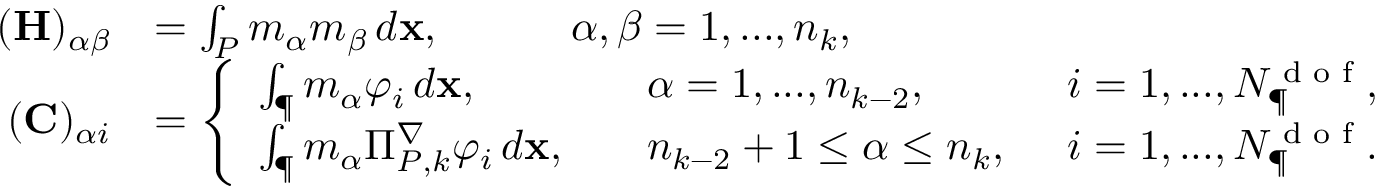
\begin{array} { r l } { ( \mathbf { H } ) _ { \alpha \beta } } & { = \int _ { { P } } m _ { \alpha } m _ { \beta } \, d \mathbf { x } , \qquad \quad \alpha , \beta = 1 , . . . , n _ { k } , } \\ { ( \mathbf { C } ) _ { \alpha i } } & { = \left\{ \begin{array} { l l l } { \int _ { \P } m _ { \alpha } \varphi _ { i } \, d \mathbf { x } , } & { \quad \alpha = 1 , . . . , n _ { k - 2 } , } & { \enskip i = 1 , . . . , N _ { \P } ^ { \textrm { d o f } } , } \\ { \int _ { \P } m _ { \alpha } \Pi _ { { P } , k } ^ { \nabla } \varphi _ { i } \, d \mathbf { x } , } & { \quad n _ { k - 2 } + 1 \leq \alpha \leq n _ { k } , } & { \enskip i = 1 , . . . , N _ { \P } ^ { \textrm { d o f } } . } \end{array} \right. } \end{array}